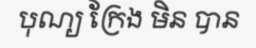
បុណ្យ ក្រែង មិន បាន